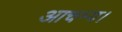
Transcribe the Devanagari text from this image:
आचम्य।